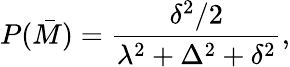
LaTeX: P(\bar{M})={\frac{\delta^{2}/2}{\lambda^{2}+\Delta^{2}+\delta^{2}}},